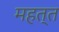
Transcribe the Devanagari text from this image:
महत्त